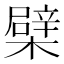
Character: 檗